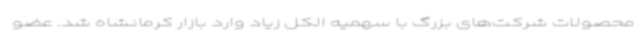
محصولات شرکت‌های بزرگ با سهمیه الکل زیاد وارد بازار کرمانشاه شد. عضو